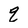
Character: q